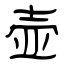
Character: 壶